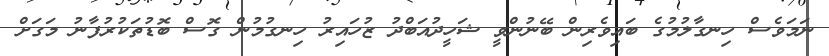
ނަމަވެސް ހިނގާލުމުގެ ބައިވެރިން ބޭނުންވީ ޝަހީދުއަބްދު ޒުހައިރު ހިނގުމުން ގޮސް ބޮޑުތަކުރުފާނު މަގަށް